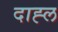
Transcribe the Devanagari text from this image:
दाह्ल